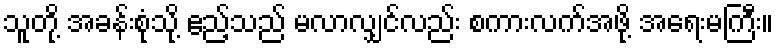
သူတို့ အခန်းစုံသို့ ဧည့်သည် မလာလျှင်လည်း စကားလက်အဖို့ အရေးမကြီး။